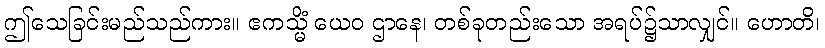
ဤသေခြင်းမည်သည်ကား။ ဧကသ္မိံ ယေဝ ဌာနေ၊ တစ်ခုတည်းသော အရပ်၌သာလျှင်။ ဟောတိ၊